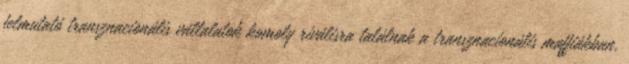
felmutató transznacionális vállalatok komoly riválisra találnak a transznacionális maffiákban,